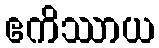
ဧကိဿာယ